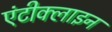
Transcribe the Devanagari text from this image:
एंटीक्लाइन